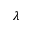
\lambda